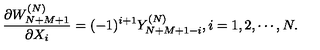
{ \frac { \partial W _ { N + M + 1 } ^ { ( N ) } } { \partial X _ { i } } } = ( - 1 ) ^ { i + 1 } Y _ { N + M + 1 - i } ^ { ( N ) } , i = 1 , 2 , \cdots , N .